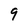
Character: 9